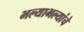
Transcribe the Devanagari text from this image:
भल्याभल्यांचे